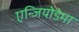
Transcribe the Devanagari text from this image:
एन्जियोडेमा